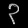
Digit: ၃